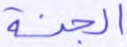
الجنة